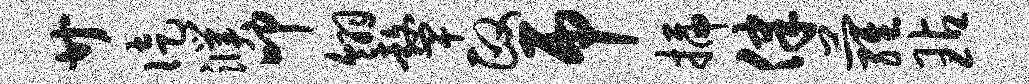
廿徒濮叩翎鼙政吊插律萝玷